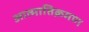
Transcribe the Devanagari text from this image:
आत्मातिक्रमण